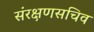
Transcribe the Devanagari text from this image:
संरक्षणसचिव